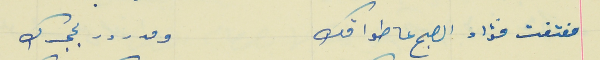
مفتفت فؤاد الصبح عا طواقك                          ومدرور بحجرك